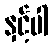
နှင့်ပါ